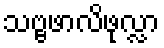
သဗ္ဗဖာလိဖုလ္လာ